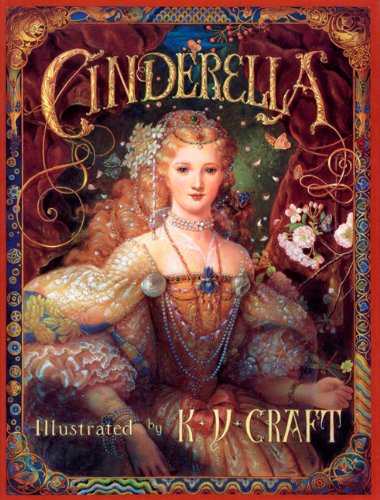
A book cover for Cinderella; K. Y. Craft; Children's Books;